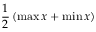
{ \frac { 1 } { 2 } } \left( \operatorname* { m a x } x + \operatorname* { m i n } x \right)